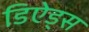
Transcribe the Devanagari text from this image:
डिऐड्स